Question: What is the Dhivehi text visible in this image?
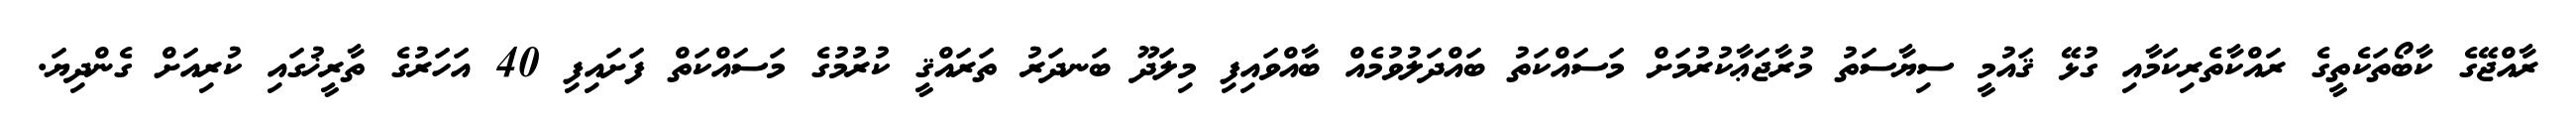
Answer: ރާއްޖޭގެ ކާބޯތަކެތީގެ ރައްކާތެރިކަމާއި ގުޅޭ ޤައުމީ ސިޔާސަތު މުރާޖަޢާކުރުމަށް މަސައްކަތު ބައްދަލުވުމެއް ބާއްވައިފި މިލަދޫ ބަނދަރު ތަރައްޤީ ކުރުމުގެ މަސައްކަތް ފަށައިފި 40 އަހަރުގެ ތާރީޚުގައި ކުރިއަށް ގެންދިޔަ.